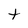
Character: t